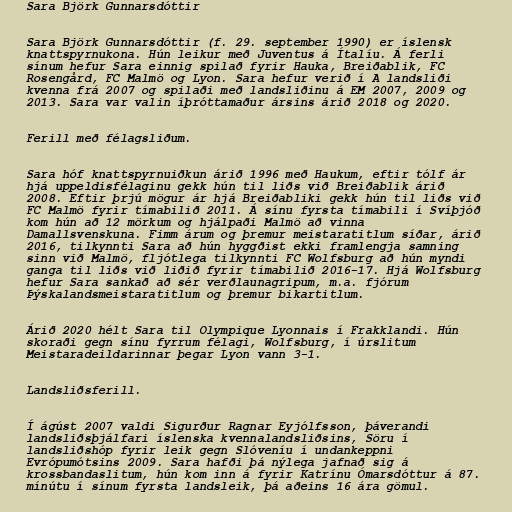
Sara Björk Gunnarsdóttir

Sara Björk Gunnarsdóttir (f. 29. september 1990) er íslensk
knattspyrnukona. Hún leikur með Juventus á Ítalíu. Á ferli
sínum hefur Sara einnig spilað fyrir Hauka, Breiðablik, FC
Rosengård, FC Malmö og Lyon. Sara hefur verið í A landsliði
kvenna frá 2007 og spilaði með landsliðinu á EM 2007, 2009 og
2013. Sara var valin íþróttamaður ársins árið 2018 og 2020.

Ferill með félagsliðum.

Sara hóf knattspyrnuiðkun árið 1996 með Haukum, eftir tólf ár
hjá uppeldisfélaginu gekk hún til liðs við Breiðablik árið
2008. Eftir þrjú mögur ár hjá Breiðabliki gekk hún til liðs við
FC Malmö fyrir tímabilið 2011. Á sínu fyrsta tímabili í Svíþjóð
kom hún að 12 mörkum og hjálpaði Malmö að vinna
Damallsvenskuna. Fimm árum og þremur meistaratitlum síðar, árið
2016, tilkynnti Sara að hún hyggðist ekki framlengja samning
sinn við Malmö, fljótlega tilkynnti FC Wolfsburg að hún myndi
ganga til liðs við liðið fyrir tímabilið 2016-17. Hjá Wolfsburg
hefur Sara sankað að sér verðlaunagripum, m.a. fjórum
Þýskalandsmeistaratitlum og þremur bikartitlum.

Árið 2020 hélt Sara til Olympique Lyonnais í Frakklandi. Hún
skoraði gegn sínu fyrrum félagi, Wolfsburg, í úrslitum
Meistaradeildarinnar þegar Lyon vann 3-1.

Landsliðsferill.

Í ágúst 2007 valdi Sigurður Ragnar Eyjólfsson, þáverandi
landsliðsþjálfari íslenska kvennalandsliðsins, Söru í
landsliðshóp fyrir leik gegn Slóveníu í undankeppni
Evrópumótsins 2009. Sara hafði þá nýlega jafnað sig á
krossbandaslitum, hún kom inn á fyrir Katrínu Ómarsdóttur á 87.
mínútu í sínum fyrsta landsleik, þá aðeins 16 ára gömul.